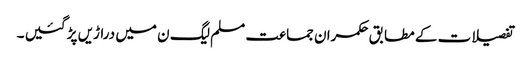
تفصیلات کے مطابق حکمران جماعت مسلم لیگ ن میں دراڑیں پڑ گئیں ۔